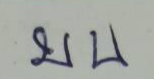
บน